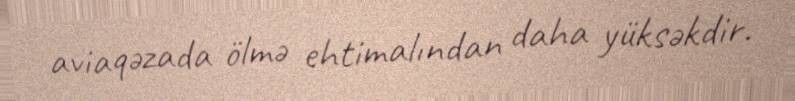
aviaqəzada ölmə ehtimalından daha yüksəkdir.